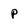
Character: p